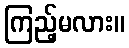
ကြည့်မလား။